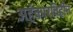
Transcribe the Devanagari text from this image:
अहंकारविहीन